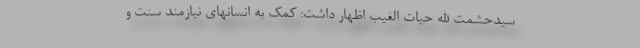
سیدحشمت الله حیات الغیب اظهار داشت: کمک به انسانهای نیازمند سنت و